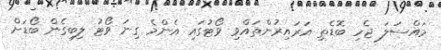
މައްސަލަ ޖެހި ބޮޑެތި އަރައިރުންތައްވި ވޯޓުގައި އެންމެ ގިނަ ވޯޓު ލިބިގެން ބޯޑަށް